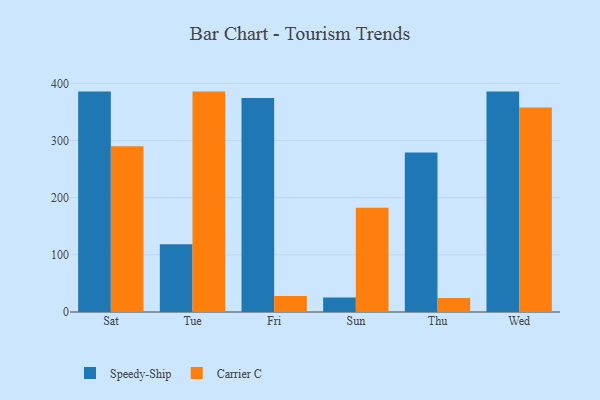
{"axis": {"x": "Day", "y": "Production Output"}, "legend": ["Carrier C", "Speedy-Ship"], "data": [{"x": "Sat", "y": 385.6, "type": "Speedy-Ship"}, {"x": "Sat", "y": 289.9, "type": "Carrier C"}, {"x": "Tue", "y": 118.5, "type": "Speedy-Ship"}, {"x": "Tue", "y": 385.6, "type": "Carrier C"}, {"x": "Fri", "y": 374.4, "type": "Speedy-Ship"}, {"x": "Fri", "y": 28.2, "type": "Carrier C"}, {"x": "Sun", "y": 25.2, "type": "Speedy-Ship"}, {"x": "Sun", "y": 182.6, "type": "Carrier C"}, {"x": "Thu", "y": 279.1, "type": "Speedy-Ship"}, {"x": "Thu", "y": 24.5, "type": "Carrier C"}, {"x": "Wed", "y": 385.6, "type": "Speedy-Ship"}, {"x": "Wed", "y": 357.9, "type": "Carrier C"}]}